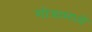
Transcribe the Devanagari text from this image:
गोत्रामध्ये